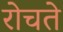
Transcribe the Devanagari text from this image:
रोचते